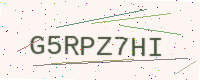
Text: G5RPZ7HI